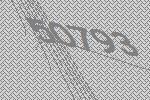
50793